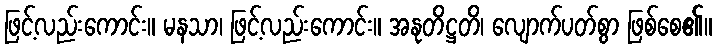
ဖြင့်လည်းကောင်း။ မနသာ၊ ဖြင့်လည်းကောင်း။ အနုတိဋ္ဌတိ၊ လျောက်ပတ်စွာ ဖြစ်စေ၏။